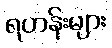
ရဟန်းများ